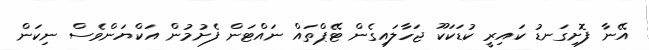
އޭނާ ފޮށިގަނޑު ކައިރީ ކުޑަކަކޫ ޖަހާލައިގެން ޓޭޕްތައް ނައްޓަން ފެށުމުން އަކްޔަންވެސް ނިކަން